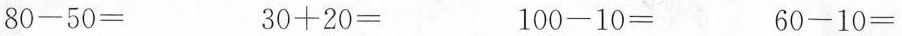
$$8 0 - 5 0 =$$ $$3 0 + 2 0 =$$ $$1 0 0 - 1 0 =$$ $$6 0 - 1 0 =$$